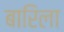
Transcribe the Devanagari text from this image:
बारिला